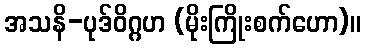
အသနိ-ပုဒ်ဝိဂ္ဂဟ (မိုးကြိုးစက်ဟော)။